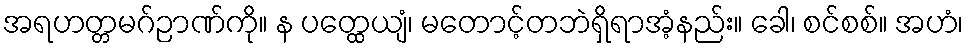
အရဟတ္တမဂ်ဉာဏ်ကို။ န ပတ္ထေယျံ၊ မတောင့်တဘဲရှိရာအံ့နည်း။ ခေါ၊ စင်စစ်။ အဟံ၊